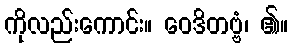
ကိုလည်းကောင်း။ ဝေဒိတဗ္ဗံ၊ ၏။